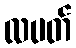
လပတ်